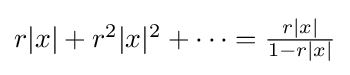
{\textstyle r|x|+r^{2}|x|^{2}+\cdots ={\frac {r|x|}{1-r|x|}}}